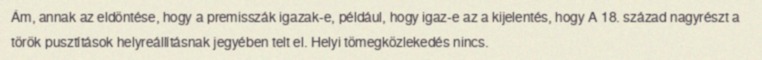
Ám, annak az eldöntése, hogy a premisszák igazak-e, például, hogy igaz-e az a kijelentés, hogy A 18. század nagyrészt a török pusztítások helyreállításnak jegyében telt el. Helyi tömegközlekedés nincs.